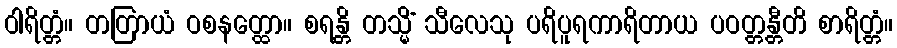
ဝါရိတ္တံ။ တတြာယံ ဝစနတ္ထော။ စရန္တိ တသ္မိံ သီလေသု ပရိပူရကာရိတာယ ပဝတ္တန္တီတိ စာရိတ္တံ။